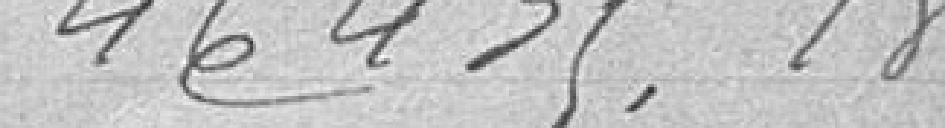
46.435,18